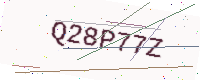
Text: Q28P77Z